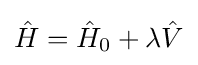
{\hat {H}}={\hat {H}}_{0}+\lambda {\hat {V}}